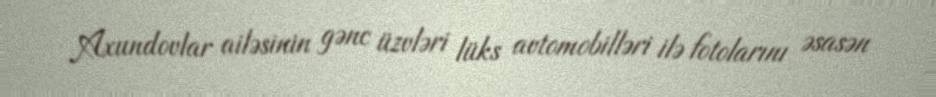
Axundovlar ailəsinin gənc üzvləri lüks avtomobilləri ilə fotolarını əsasən